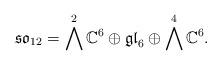
LaTeX: \begin{align*} \mathfrak{so}_{12} = \bigwedge^2 \mathbb{C}^6 \oplus \mathfrak{gl}_6 \oplus \bigwedge^4 \mathbb{C}^6.\end{align*}